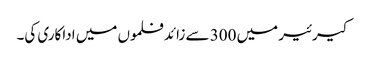
کیرئیر میں 300 سے زائد فلموں میں اداکاری کی۔